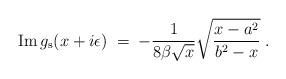
LaTeX: \begin{align*}{\rm Im}\,g_{\rm s}(x+i\epsilon)\;=\;- {1\over 8\beta\sqrt{x}}\sqrt{ {x-a^2\over b^2-x}}\;.\end{align*}